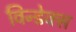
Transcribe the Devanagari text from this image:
विन्डेक्स